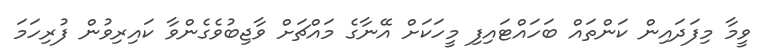
ވީމާ މިފަދައިން ކަންތައް ބަހައްޓައިފި މީހަކަށް އޭނާގެ މައްޗަށް ވާޖިބުވެގެންވާ ކައިރިވުން ފުރިހަމަ